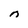
Character: n